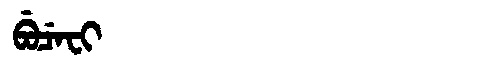
Manchu: ᠪᡠᠴᡝᠸᡳ
Romanization: BUCEFI